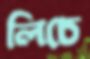
লিচে